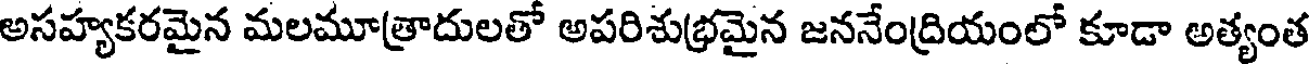
అసహ్యకరమైన మలమూత్రాదులతో అపరిశుభ్రమైన జననేంద్రియంలో కూడా అత్యంత